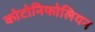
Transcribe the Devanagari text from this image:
कोटोनिफोलियन